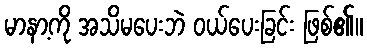
မာနာ့ကို အသိမပေးဘဲ ဝယ်ပေးခြင်း ဖြစ်၏။